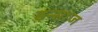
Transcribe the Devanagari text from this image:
इन्साज